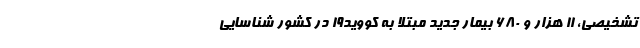
تشخیصی، ۱۱ هزار و ۶۸۰ بیمار جدید مبتلا به کووید۱۹ در کشور شناسایی